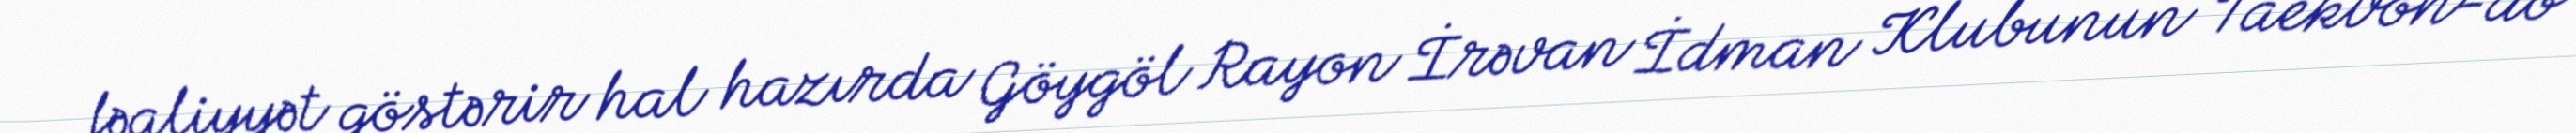
fəaliyyət göstərir hal hazırda Göygöl Rayon İrəvan İdman Klubunun Taekvon-do